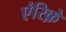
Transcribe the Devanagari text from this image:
एंरिक़े